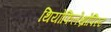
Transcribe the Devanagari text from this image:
थियोफिलेंथ्रोपिस्ट